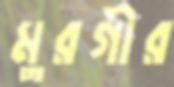
মুরগীর